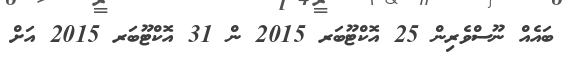
ބައެއް ނޫސްވެރިން 25 އޮކްޓޫބަރ 2015 ން 31 އޮކްޓޫބަރ 2015 އަށް